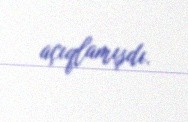
açıqlamışdı.